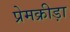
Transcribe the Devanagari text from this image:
प्रेमक्रीड़ा